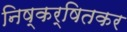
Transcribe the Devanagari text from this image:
निष्कर्षितकर